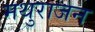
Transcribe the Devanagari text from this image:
मथुराजन